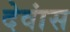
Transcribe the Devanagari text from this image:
देवांस